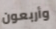
وأربعون